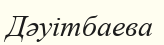
Дәуітбаева